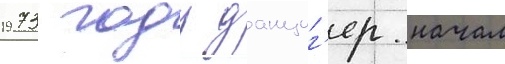
1973 году данциг'ер начал